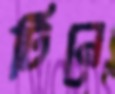
টিনে